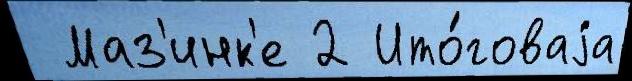
 Маз'инк'е 2 Ито́говаjа